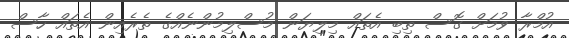
އުމްރާ ވުމަށް ގޮސް ތިބި އެތައް މިލިޔަން މުސްލިމުންނެއްގެ ތެރެއިން އެތައް ހާސް